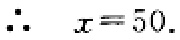
\(\therefore\ x = 50.\)